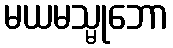
မယမသ္မုဘော